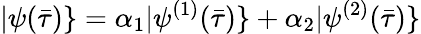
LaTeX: |\psi(\bar{\tau})\} =\alpha_{1}|\psi^{(1)}(\bar{\tau})\} +\alpha_{2}|\psi^{(2)}(\bar{\tau})\}